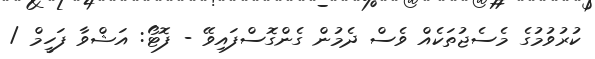
ކުރުވުމުގެ މެސެޖުތަކެއް ވެސް ދެމުން ގެންގޮސްފައިވޭ - ފޮޓޯ: އަޝްވާ ފަހީމް /